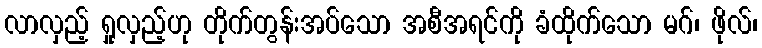
လာလှည့် ရှုလှည့်ဟု တိုက်တွန်းအပ်သော အစီအရင်ကို ခံထိုက်သော မဂ်၊ ဖိုလ်၊